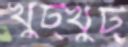
খুট্‌খুট্‌